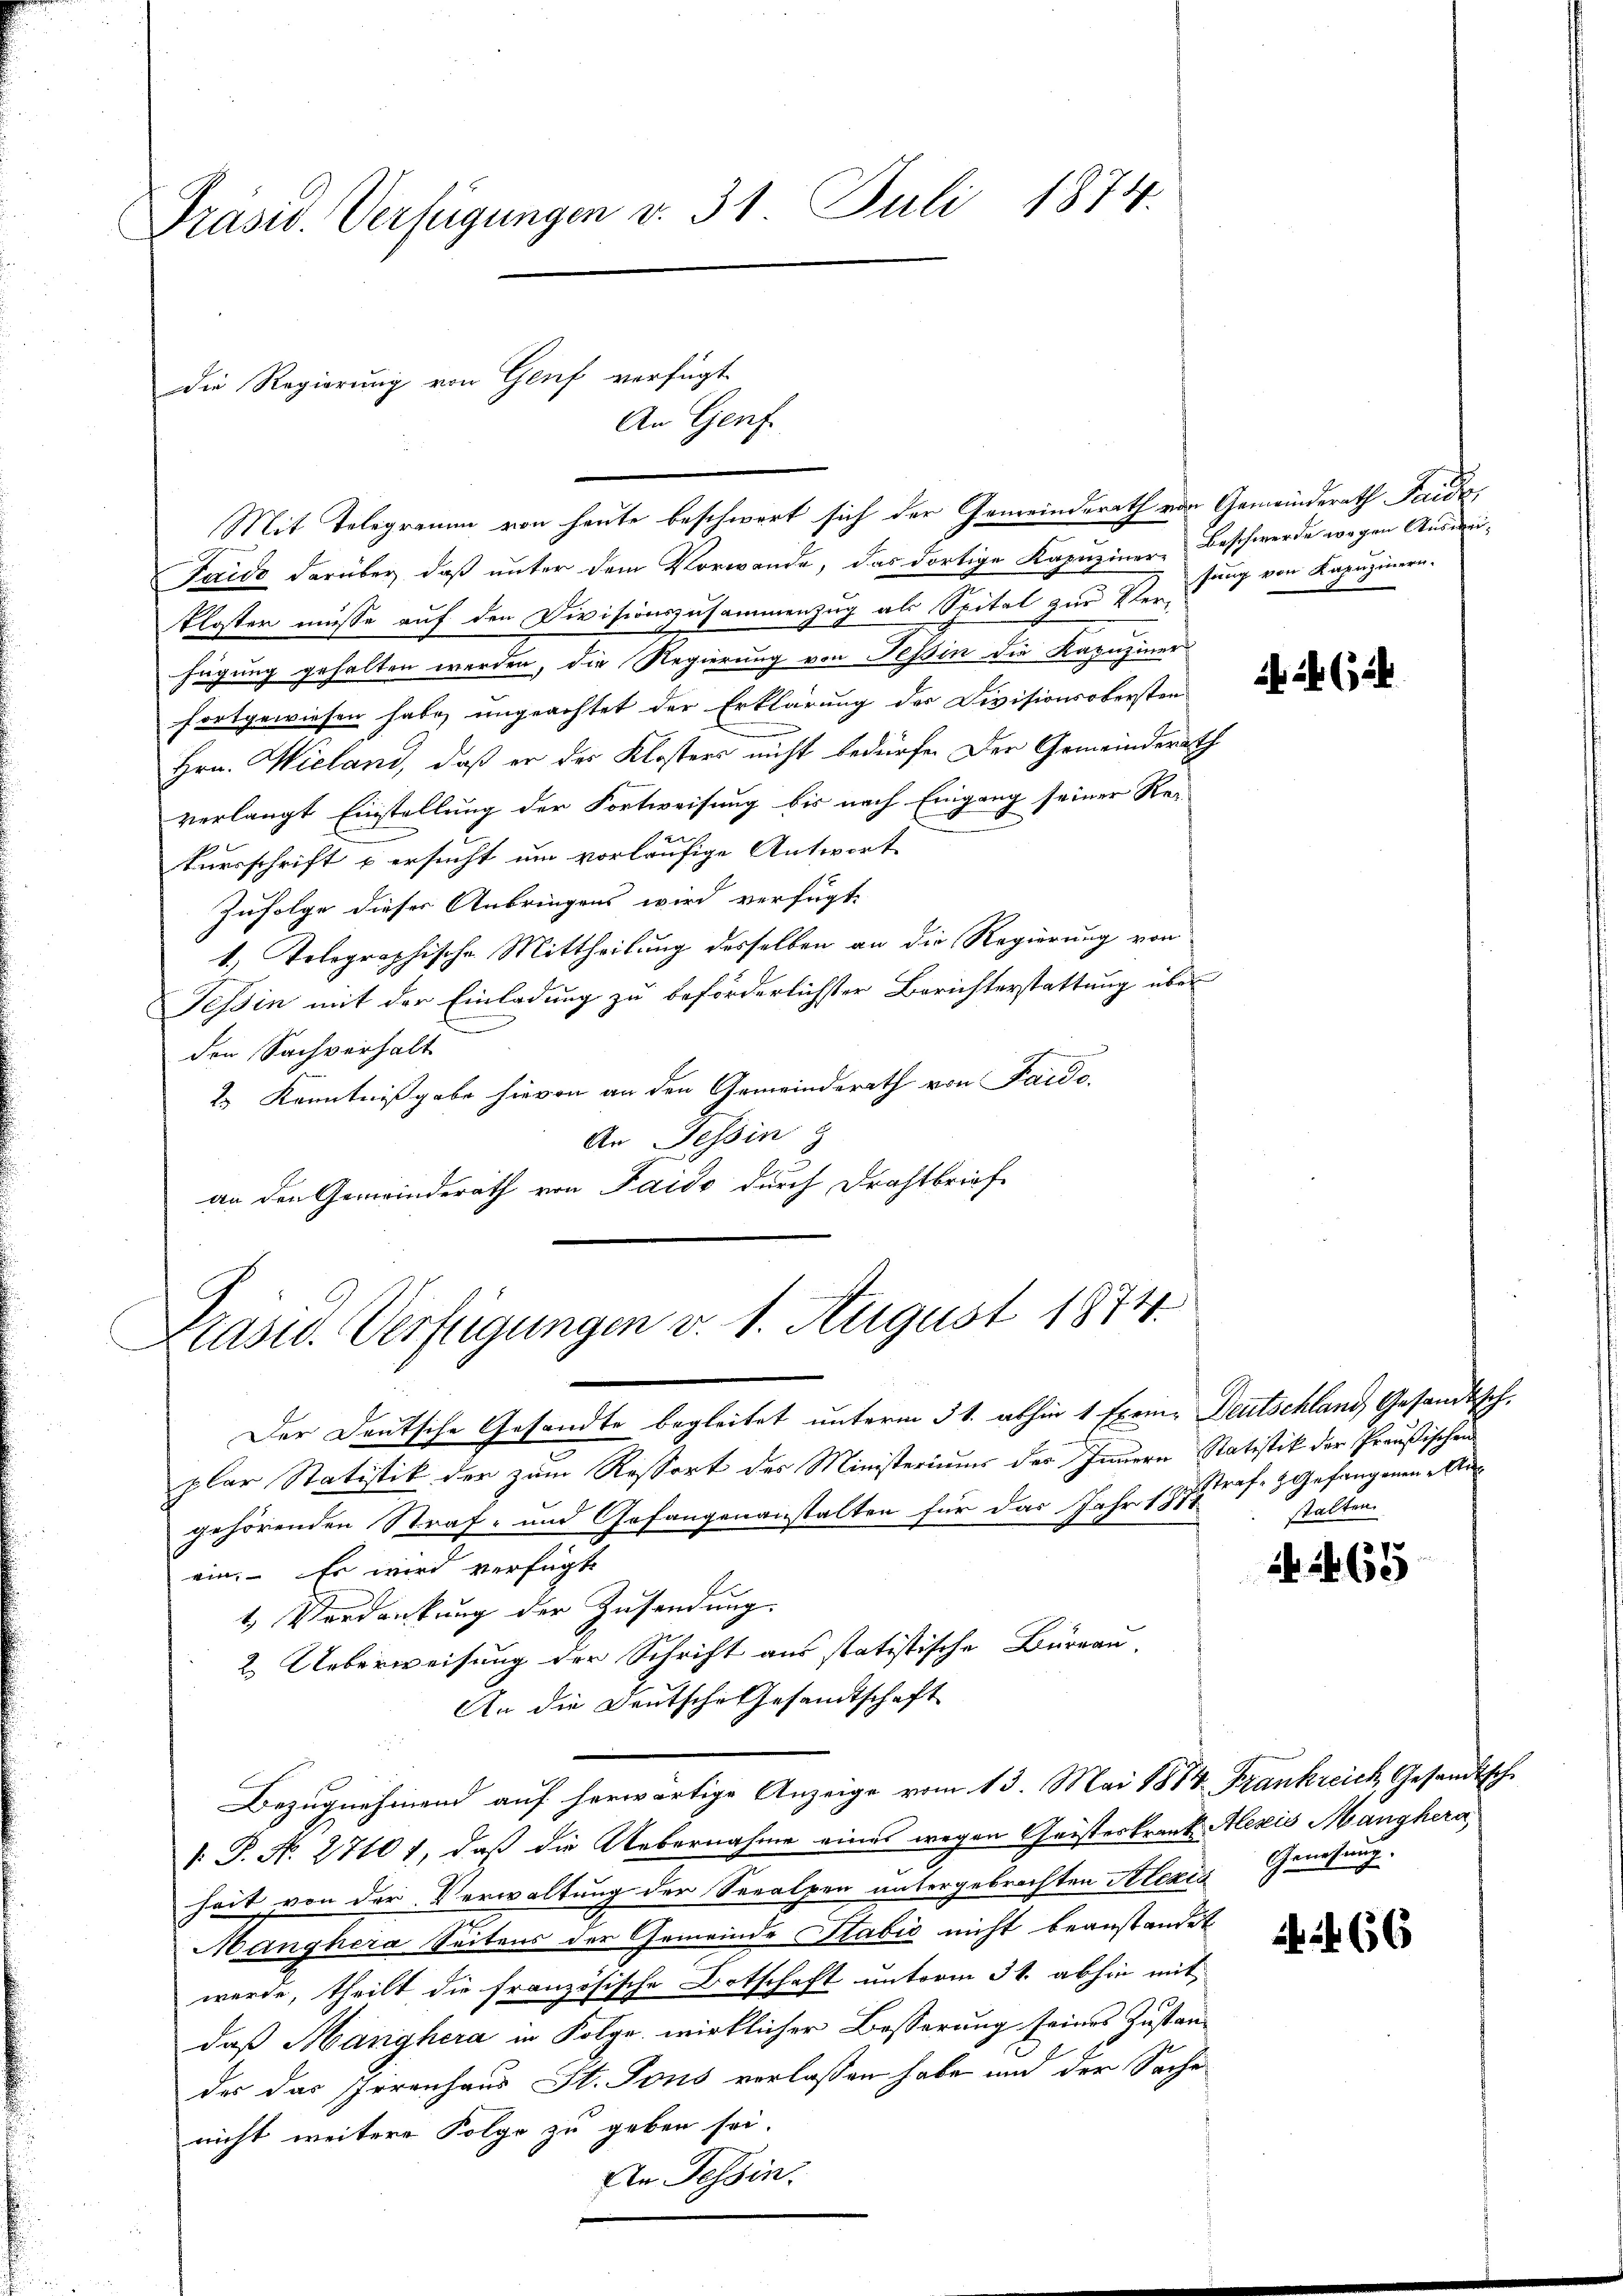
Präsid. Verfügungen v. 31 Juli 1874.

Die Regierung von Genf verfügt

A.
Mit Telegramm von heute beschwert sich der Gemeinderath von Gemeinderath Taida¬
Faide darüber, daβ ŭnter dem Vorwande, das dortige Kapŭziner-Beschwerde wegen Aŭsmi-
Kloster müsse auf den Divisionszusammenzug als Seitel zur Ver-
fügung gehalten werden, die Regierung von Tessin die Kapuziner
fortgewiesen habe, ungeachtet der Erklärung der Divisionsobersten
Hrn. Wieland, daß er des Klosters nicht bedürfe. Der Gemeinderath
verlangt Einstellung der Fortweisung bis nach Eingang seiner Rekursschrift u ersucht um vorläufige Antwort |
Zufolge dieser Anbringens wird verfügt:
1.) Telegraphische Mittheilung desselben an die Regierung von
Tessin mit der Einladung zu beförderlichster Berichterstattung über
den Sachverhalt
2.) Kenntnißgabe hievon an den Gemeinderath von Sard.-
An Tessin
E
an den Gemeinderath von Paido durch Drahtbrief

Gerf

Präsid. Verfügungen v. 1. August 1874.
7

Der Deutsche Gesandte begleitet unterm 31. abhin 1 Exem- Deutschland, Gesandtsch.
plar Statistik der zum Ressort des Ministeriums der Innern Statistik der Preußischen
gehörenden Straf- und Gefangenanstalten für das Jahr 1871
ein. Es wird verfügt
1. Verdankung der Zusendung.
2. Ueberweisung der Schrift aus statistische Büreau-
An die Deutsche Gesandtschaft
Bezugnehmend auf herwärtige Anzeige vom 13. Mai 1884 Frankreich, Gesandtsche
 P. N. 27101, daß die Uebernahme eines wegen Geisteskrank Alexis Manghera
heit von der Verwaltung der Seealpen untergebrachten Alexis Genesung.
Manghera Seitens der Gemeinde Stabić nicht beanstandet
werde, theilt die französische Botschaft unterm 31. abhin mit
daß Manghera in Folge wirklicher Besserung seines Zustandas das Irrenhaus St. Tous verlassen habe und der Sache
nicht weitere Folge zu geben sei.
An Tessin.

fung von Kapuzinern.

(ich

Straf- & Gefangenen Anstalten.

2 No 65

66